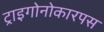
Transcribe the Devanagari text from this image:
ट्राइगोनोकारपस